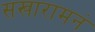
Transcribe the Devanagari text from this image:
सखारामनं